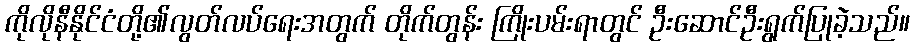
ကိုလိုနီနိုင်ငံတို့၏လွတ်လပ်ရေးအတွက် တိုက်တွန်း ကြိုးပမ်းရာတွင် ဦးဆောင်ဦးရွက်ပြုခဲ့သည်။